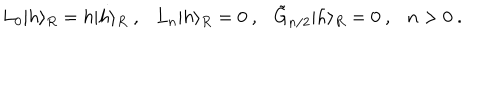
L _ { 0 } \vert h \rangle _ { R } = h \vert h \rangle _ { R } { } ~ , { } ~ { } ~ { } ~ L _ { n } \vert h \rangle _ { R } = 0 { } ~ , { } ~ { } ~ { } ~ \tilde { G } _ { n / 2 } \vert h \rangle _ { R } = 0 { } ~ , { } ~ { } ~ { } ~ n > 0 { } ~ .